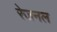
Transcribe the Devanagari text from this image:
रेजनल